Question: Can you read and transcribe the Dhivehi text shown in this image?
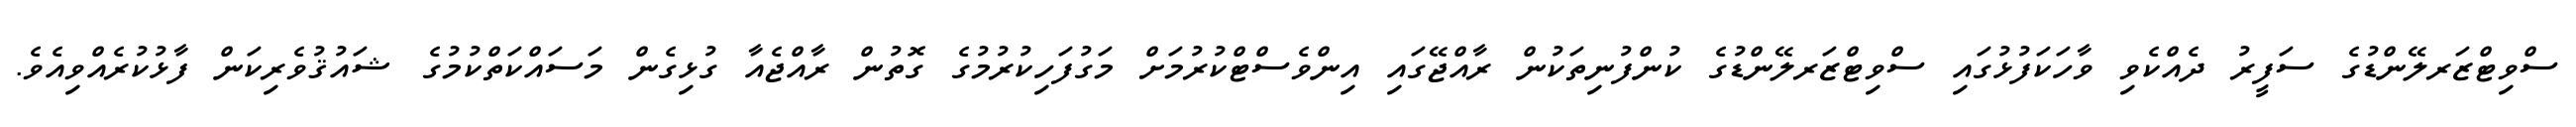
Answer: ސްވިޓްޒަރލޭންޑުގެ ސަފީރު ދެއްކެވި ވާހަކަފުޅުގައި ސްވިޓްޒަރލޭންޑުގެ ކުންފުނިތަކުން ރާއްޖޭގައި އިންވެސްޓްކުރުމަށް މަގުފަހިކުރުމުގެ ގޮތުން ރާއްޖެއާ ގުޅިގެން މަސައްކަތްކުމުގެ ޝައުޤުވެރިކަން ފާޅުކުރެއްވިއެވެ.